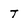
Character: T